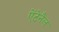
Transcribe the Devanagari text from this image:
ऐंटेनैल